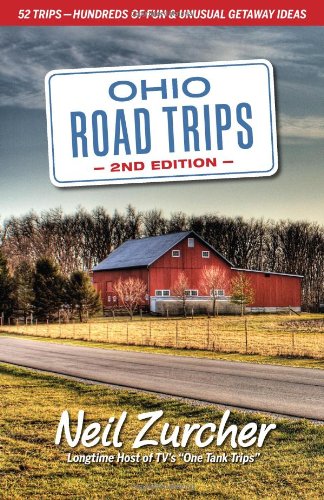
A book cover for Ohio Road Trips; Neil Zurcher; Travel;